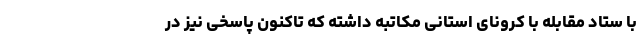
با ستاد مقابله با کرونای استانی مکاتبه داشته که تاکنون پاسخی نیز در